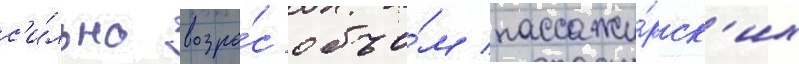
с'и́льно возро́с объе́м пассажи́рск'их